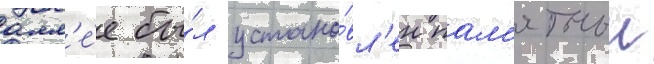
алл'е́е бы́л устано́вл'ен пам'ятныи